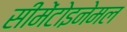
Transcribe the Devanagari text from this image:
सीमेंटोइनेमल